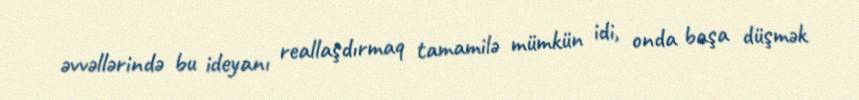
əvvəllərində bu ideyanı reallaşdırmaq tamamilə mümkün idi, onda başa düşmək